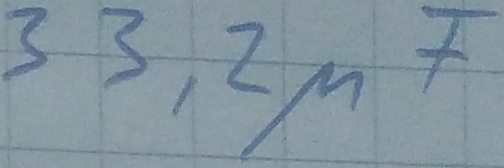
Text: 33,2µF